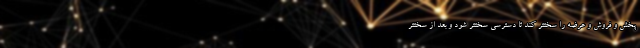
پخش و فروش و عرضه را سختتر کند تا دسترسی سختتر شود و بعد از سختتر